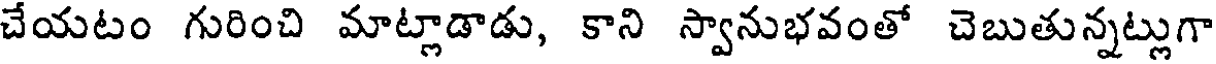
చేయటం గురించి మాట్లాడాడు, కాని స్వానుభవంతో చెబుతున్నట్లుగా